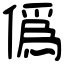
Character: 僞